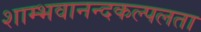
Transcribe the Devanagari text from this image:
शाम्भवानन्दकल्पलता